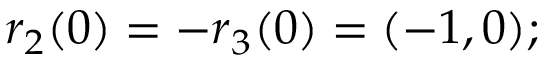
\boldsymbol { r } _ { 2 } ( 0 ) = - \boldsymbol { r } _ { 3 } ( 0 ) = ( - 1 , 0 ) ;